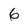
Character: 6